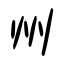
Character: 州